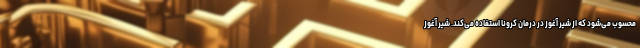
محسوب می‌شود که از شیر آغوز در درمان کرونا استفاده می‌کند. شیر آغوز